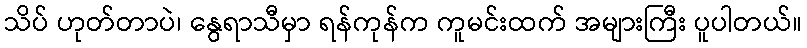
သိပ် ဟုတ်တာပဲ၊ နွေရာသီမှာ ရန်ကုန်က ကူမင်းထက် အများကြီး ပူပါတယ်။